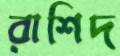
রাশিদ